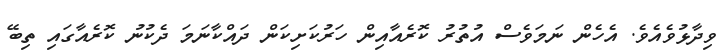
ވިދާޅުވެއެވެ. އެހެން ނަމަވެސް އުތުރު ކޮރެއާއިން ހަރުކަށިކަން ދައްކާނަމަ ދެކުނު ކޮރެއާގައި ތިބޭ